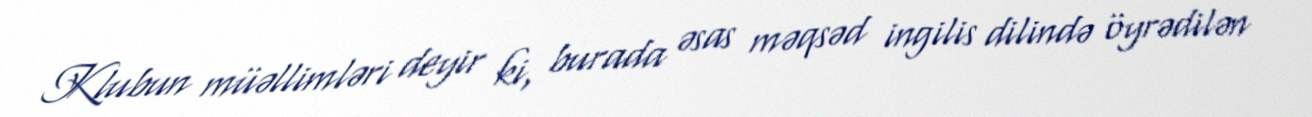
Klubun müəllimləri deyir ki, burada əsas məqsəd ingilis dilində öyrədilən